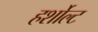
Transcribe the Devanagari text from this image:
हर्शोल्ट